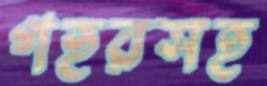
গহরসহ